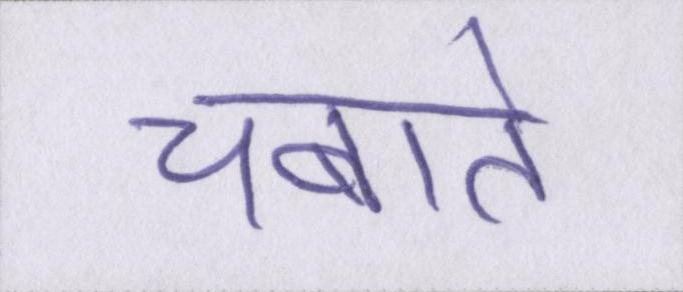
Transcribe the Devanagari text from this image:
चबाते